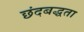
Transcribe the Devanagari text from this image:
छंदबद्धता